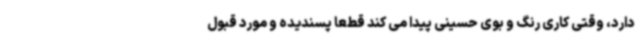
دارد، وقتی کاری رنگ و بوی حسینی پیدا می کند قطعا پسندیده و مورد قبول